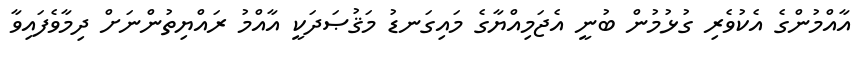
އާއްމުންގެ އެކުވެރި ގުޅުމުން ބުނީ އެޖަމިއްޔާގެ މައިގަނޑު މަޤުޞަދަކީ އާއްމު ރައްޔިތުންނަށް ދިމާވެފައިވާ